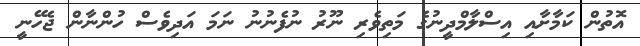
އޮތުން ކަމާށާއި އިސްލާމްދީނުގެ މަތިވެރި ނޫރު ނުފެނުނު ނަމަ އަދިވެސް ހުންނާން ޖެހޭނީ